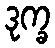
ဒုက္ခ